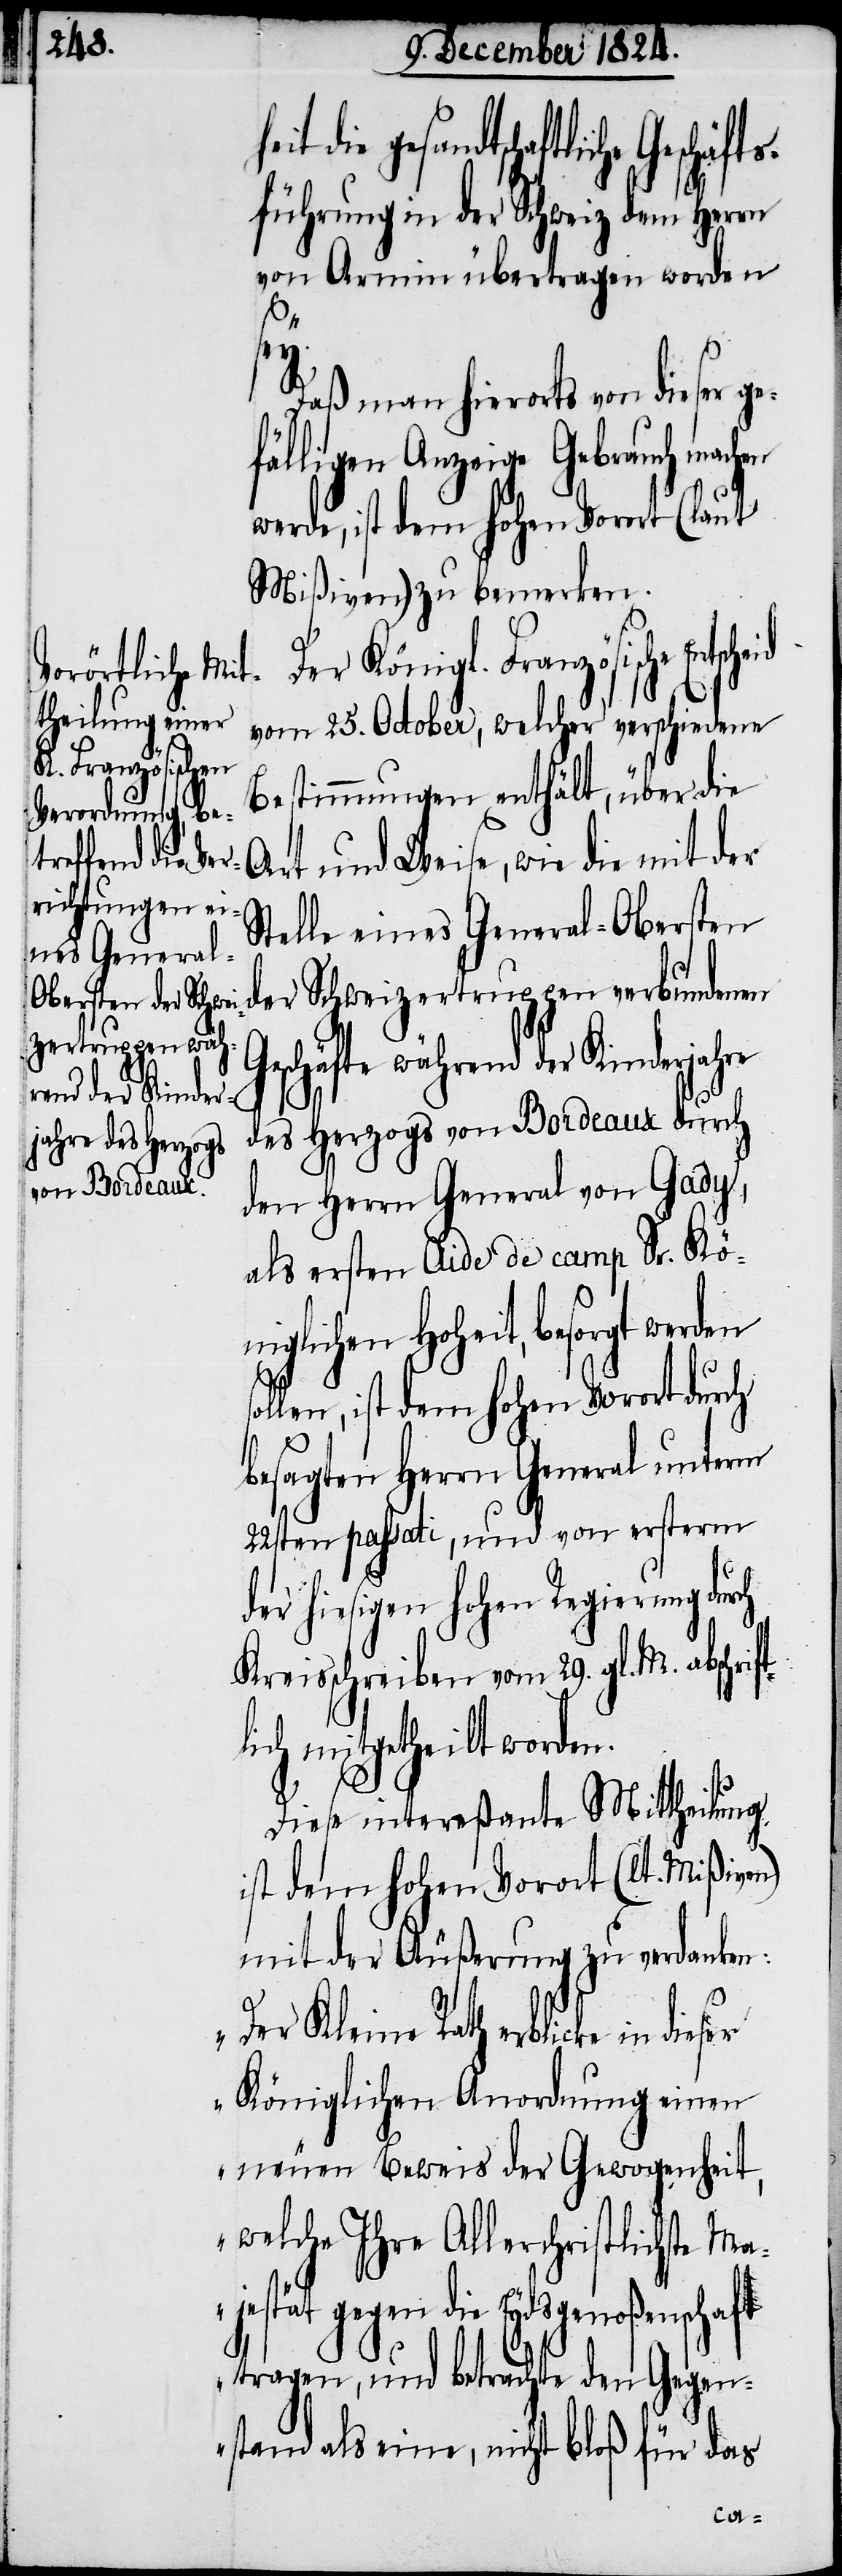
it die gesandtschaft¬
sführung in der Schweiz dem Herrn
von Armin übertragen worden
Daß man hierorts von dieser
verbundenen Geschäfte
werde, ist dem Hohen Vorort (laut
Mißiven) zu bemerken.
Der Königl. Französische
vom 25. October, welcher verschiedene
Bestimmungen enthält, über die
Art und Weise, wie die mit der
Stelle eines General-Obersten
rend der Kinder¬
des Herzogs von Bordeaux durch
den Herrn General von Gady,
als ersten Aide de camp Sr. Kö¬
niglichen Hoheit, besorgt werden
llen, ist dem hohen Vorort durch
besagten Herrn General unterm
22sten passati, und von ersterm
hiesigen hohen Regierung
Kreisschreiben vom 29. gl. M. abschrift¬
lich mitgetheilt worden.
Diese intereßante Mittheilung
ist dem Hohen Vorort (lt. Mißiven)
mit der Äußerung zu verdanken:
„Der Kleine Rath erblicke in dies¬
er Königlichen Anordnung einen
neuen Beweis der Gewogenheit,
welche Ihre Allerchristlichste Ma¬
jestät gegen die Eydsgenoßenschaft
tragen, und betrachte den Gegen¬
stand als eine, nicht bloß für das
so¬